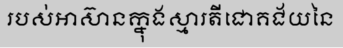
របស់អាស៊ានក្នុងស្មារតីជោគជ័យនៃ